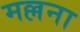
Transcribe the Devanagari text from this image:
मल्लना